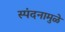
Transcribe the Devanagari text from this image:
स्पंदनामुळे